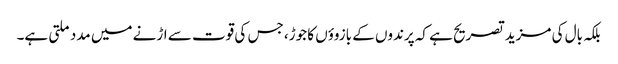
بلکہ بال کی مزید تصریح ہے کہ پرندوں کے بازوؤں کا جوڑ، جس کی قوت سے اڑنے میں مدد ملتی ہے۔